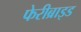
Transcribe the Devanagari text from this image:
फेरीब्राइड